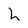
Character: h